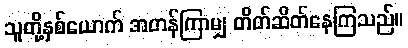
သူတို့နှစ်ယောက် အတန်ကြာမျှ တိတ်ဆိတ်နေကြသည်။